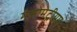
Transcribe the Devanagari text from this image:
मेसोमेट्रीयम